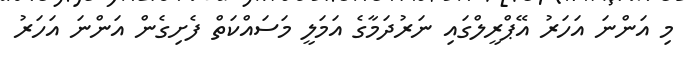
މި އަންނަ އަހަރު އޭޕްރީލްގައި ނަރުދަމާގެ އަމަލީ މަސައްކަތް ފެށިގެން އަންނަ އަހަރު